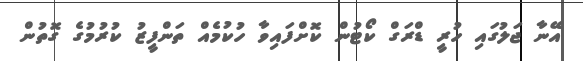
އޭނާ ޖަލުގައި ހުރީ ޑްރަގް ކޯޓުން ކޮށްފައިވާ ހުކުމެއް ތަންފީޒު ކުރުމުގެ ގޮތުން